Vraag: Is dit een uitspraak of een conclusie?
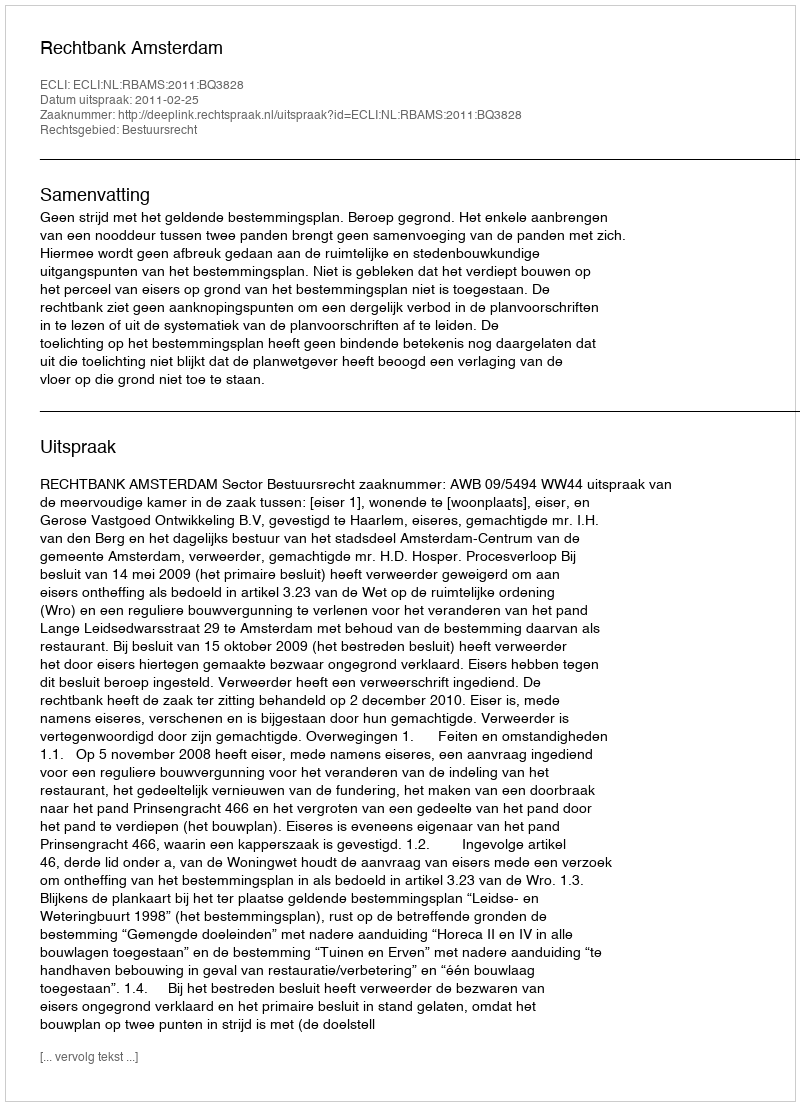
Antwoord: Uitspraak